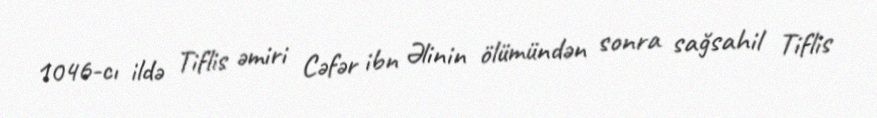
1046-cı ildə Tiflis əmiri Cəfər ibn Əlinin ölümündən sonra sağsahil Tiflis